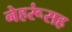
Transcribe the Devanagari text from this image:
नेहरूंसह